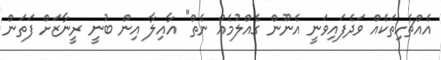
އެއްޗެހިތަކެއް ވަދެފައިވަނީ އެނޫން ގެއްލުމެއް ނެތް" އާއިލާ އިން ބުނީ ރީނާޒަށް ފަތަން